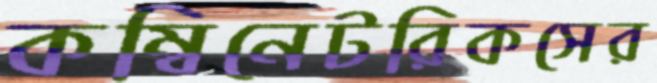
কম্বিনেটরিকসের